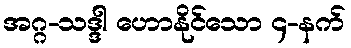
အဂ္ဂ-သဒ္ဒါ ဟောနိုင်သော ၄-နက်